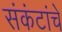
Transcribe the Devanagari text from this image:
संकंटांचे